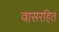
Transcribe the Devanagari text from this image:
वासरहित